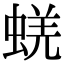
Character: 蜣